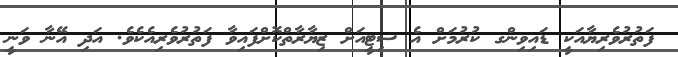
ފަތުރުވެރިޔާއަކީ ޑައިވިންގ ކުރުމަށް އެ ސިޓީއަށް ޒިޔާރާތްކޮށްފައިވާ ފަތުރުވެރިއެކެވެ. އަދި އޭނާ ވަނީ